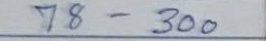
78 - 300